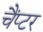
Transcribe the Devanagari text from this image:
चैंप्टर